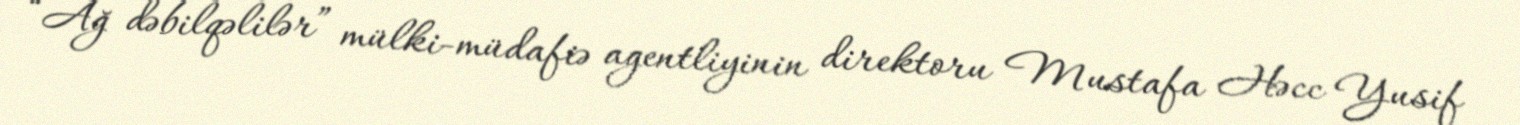
“Ağ dəbilqəlilər” mülki-müdafiə agentliyinin direktoru Mustafa Həcc Yusif